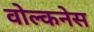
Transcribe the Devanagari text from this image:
वोल्कनेस